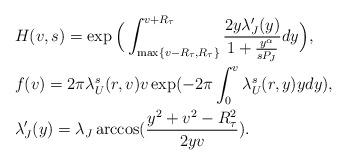
LaTeX: \begin{align*}&H(v, s) = \exp\Big( \int_{\max\{v - R_{\tau}, R_{\tau}\}}^{v + R_{\tau}} \frac{2 y\lambda_J'(y)}{1 + \frac{y^{\alpha}}{s P_J}} dy \Big),\\&f(v) = 2 \pi \lambda_U^s(r, v) v \exp(-2\pi \int_{0}^{v} \lambda_U^s(r, y) y dy),\\&\lambda_J'(y) = \lambda_J\arccos(\frac{y^2 + v^2 - R_{\tau}^2}{2 y v}).\end{align*}